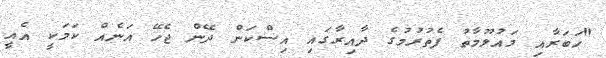
"ހަބަރާއި މައުލޫމާތު ފެތުރުމުގެ ދާއިރާގައި އިސްކަން ދޭން ޖެހޭ އަނެއް ކަމަކީ އެއީ